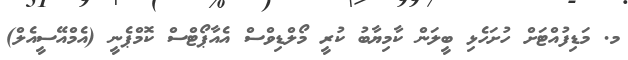
މ. މަޑިފުއްޓަށް ހުށަހެޅި ބީލަން ކާމިޔާބު ކުރީ މޯލްޑިވްސް އެއާޕޯޓްސް ކޮމްޕެނީ (އެމްއޭސީއެލް)